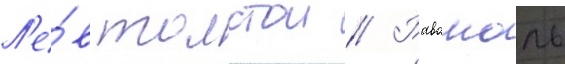
Л'е́в толстои // Равашоль